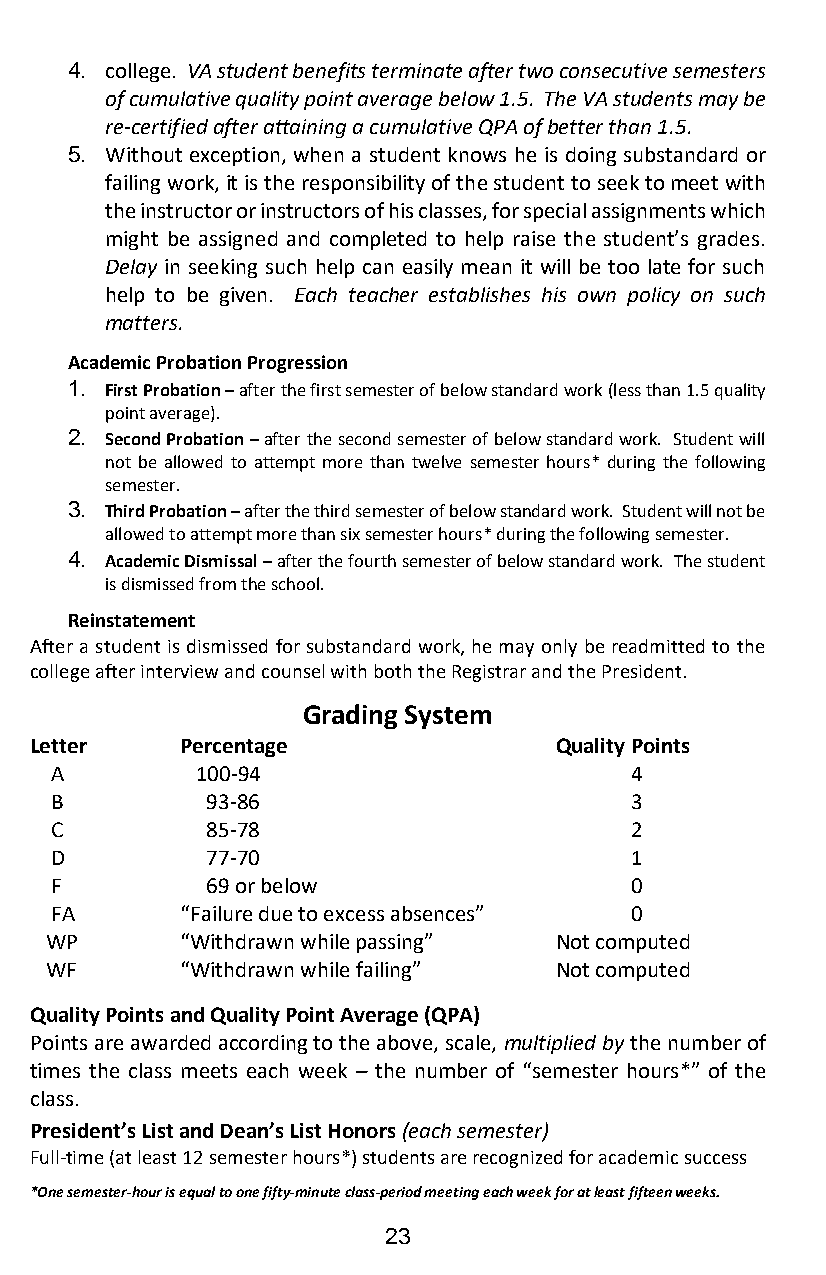
4. college. VA student benefits terminate after two consecutive semesters
 of cumulative quality point average below 1.5. The VA students may be
 re-certified after attaining a cumulative QPA of better than 1.5.
 5. Without exception, when a student knows he is doing substandard or
 failing work, it is the responsibility of the student to seek to meet with
 the instructor or instructors of his classes, for special assignments which
 might be assigned and completed to help raise the student’s grades.
 Delay in seeking such help can easily mean it will be too late for such
 help to be given. Each teacher establishes his own policy on such
 matters.
 Academic Probation Progression
 1. First Probation – after the first semester of below standard work (less than 1.5 quality
 point average).
 2. Second Probation – after the second semester of below standard work. Student will
 not be allowed to attempt more than twelve semester hours* during the following
 semester.
 3. Third Probation – after the third semester of below standard work. Student will not be
 allowed to attempt more than six semester hours* during the following semester.
 4. Academic Dismissal – after the fourth semester of below standard work. The student
 is dismissed from the school.
 Reinstatement
 After a student is dismissed for substandard work, he may only be readmitted to the
 college after interview and counsel with both the Registrar and the President.
 Grading System
 Letter    Percentage               Quality Points
 A         100-94                       4
 B          93-86                       3
 C          85-78                       2
 D          77-70                       1
 F          69 or below                 0
 FA       “Failure due to excess absences” 0
 WP       “Withdrawn while passing” Not computed
 WF       “Withdrawn while failing” Not computed
 Quality Points and Quality Point Average (QPA)
 Points are awarded according to the above, scale, multiplied by the number of
 times the class meets each week – the number of “semester hours*” of the
 class.
 President’s List and Dean’s List Honors (each semester)
 Full-time (at least 12 semester hours*) students are recognized for academic success
 *One semester-hour is equal to one fifty-minute class-period meeting each week for at least fifteen weeks.
 23